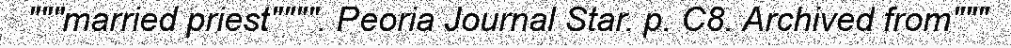
"""married priest"""". Peoria Journal Star. p. C8. Archived from"""